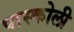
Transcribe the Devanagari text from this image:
पास्कोली